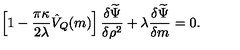
\left[ 1 - \frac { \pi \kappa } { 2 \lambda } \hat { V } _ { Q } ( m ) \right] \frac { \delta \widetilde \Psi } { \delta \rho ^ { 2 } } + \lambda \frac { \delta \widetilde \Psi } { \delta m } = 0 .